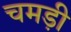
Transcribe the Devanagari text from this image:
चमड़ी